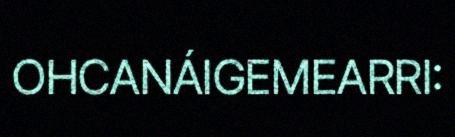
OHCANÁIGEMEARRI: